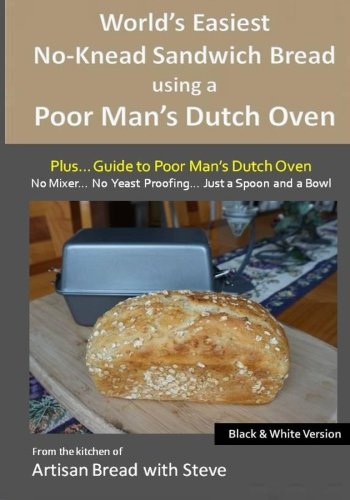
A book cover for World's Easiest No-Knead Sandwich Bread using a Poor Man's Dutch Oven (Plus... Guide to Poor Man's Dutch Ovens) (B&W Version): From the kitchen of Artisan Bread with Steve; Steve Gamelin; Cookbooks, Food & Wine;